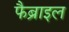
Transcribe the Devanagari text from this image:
फैब्राइल